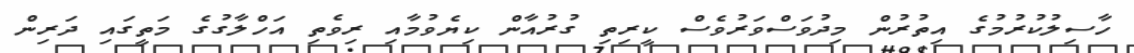
ހާސިލުކުރުމުގެ އިތުރުން މިދުވަސްވަރުވެސް ކީރިތި ގުރުއާން ކިޔެވުމާއި ރިވެތި އަހްލާގުގެ މަތީގައި ދަރިން